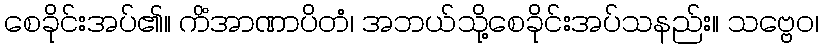
စေခိုင်းအပ်၏။ ကိံအာဏာပိတံ၊ အဘယ်သို့စေခိုင်းအပ်သနည်း။ သဗ္ဗေဝ၊